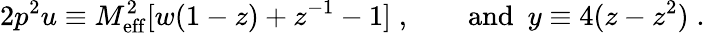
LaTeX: {2p^{2}u}\equiv M_{\mathrm{eff}}^{2}[w(1-z)+z^{-1}-1]\; ,\qquad\mathrm{and\ \ }y\equiv 4(z-z^{2})\; .